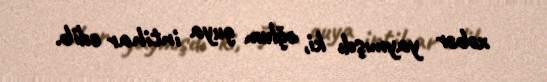
xəbər yaymışdı ki, oğlum guya intihar edib.